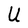
Character: U